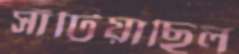
সাঁটিয়াছিল